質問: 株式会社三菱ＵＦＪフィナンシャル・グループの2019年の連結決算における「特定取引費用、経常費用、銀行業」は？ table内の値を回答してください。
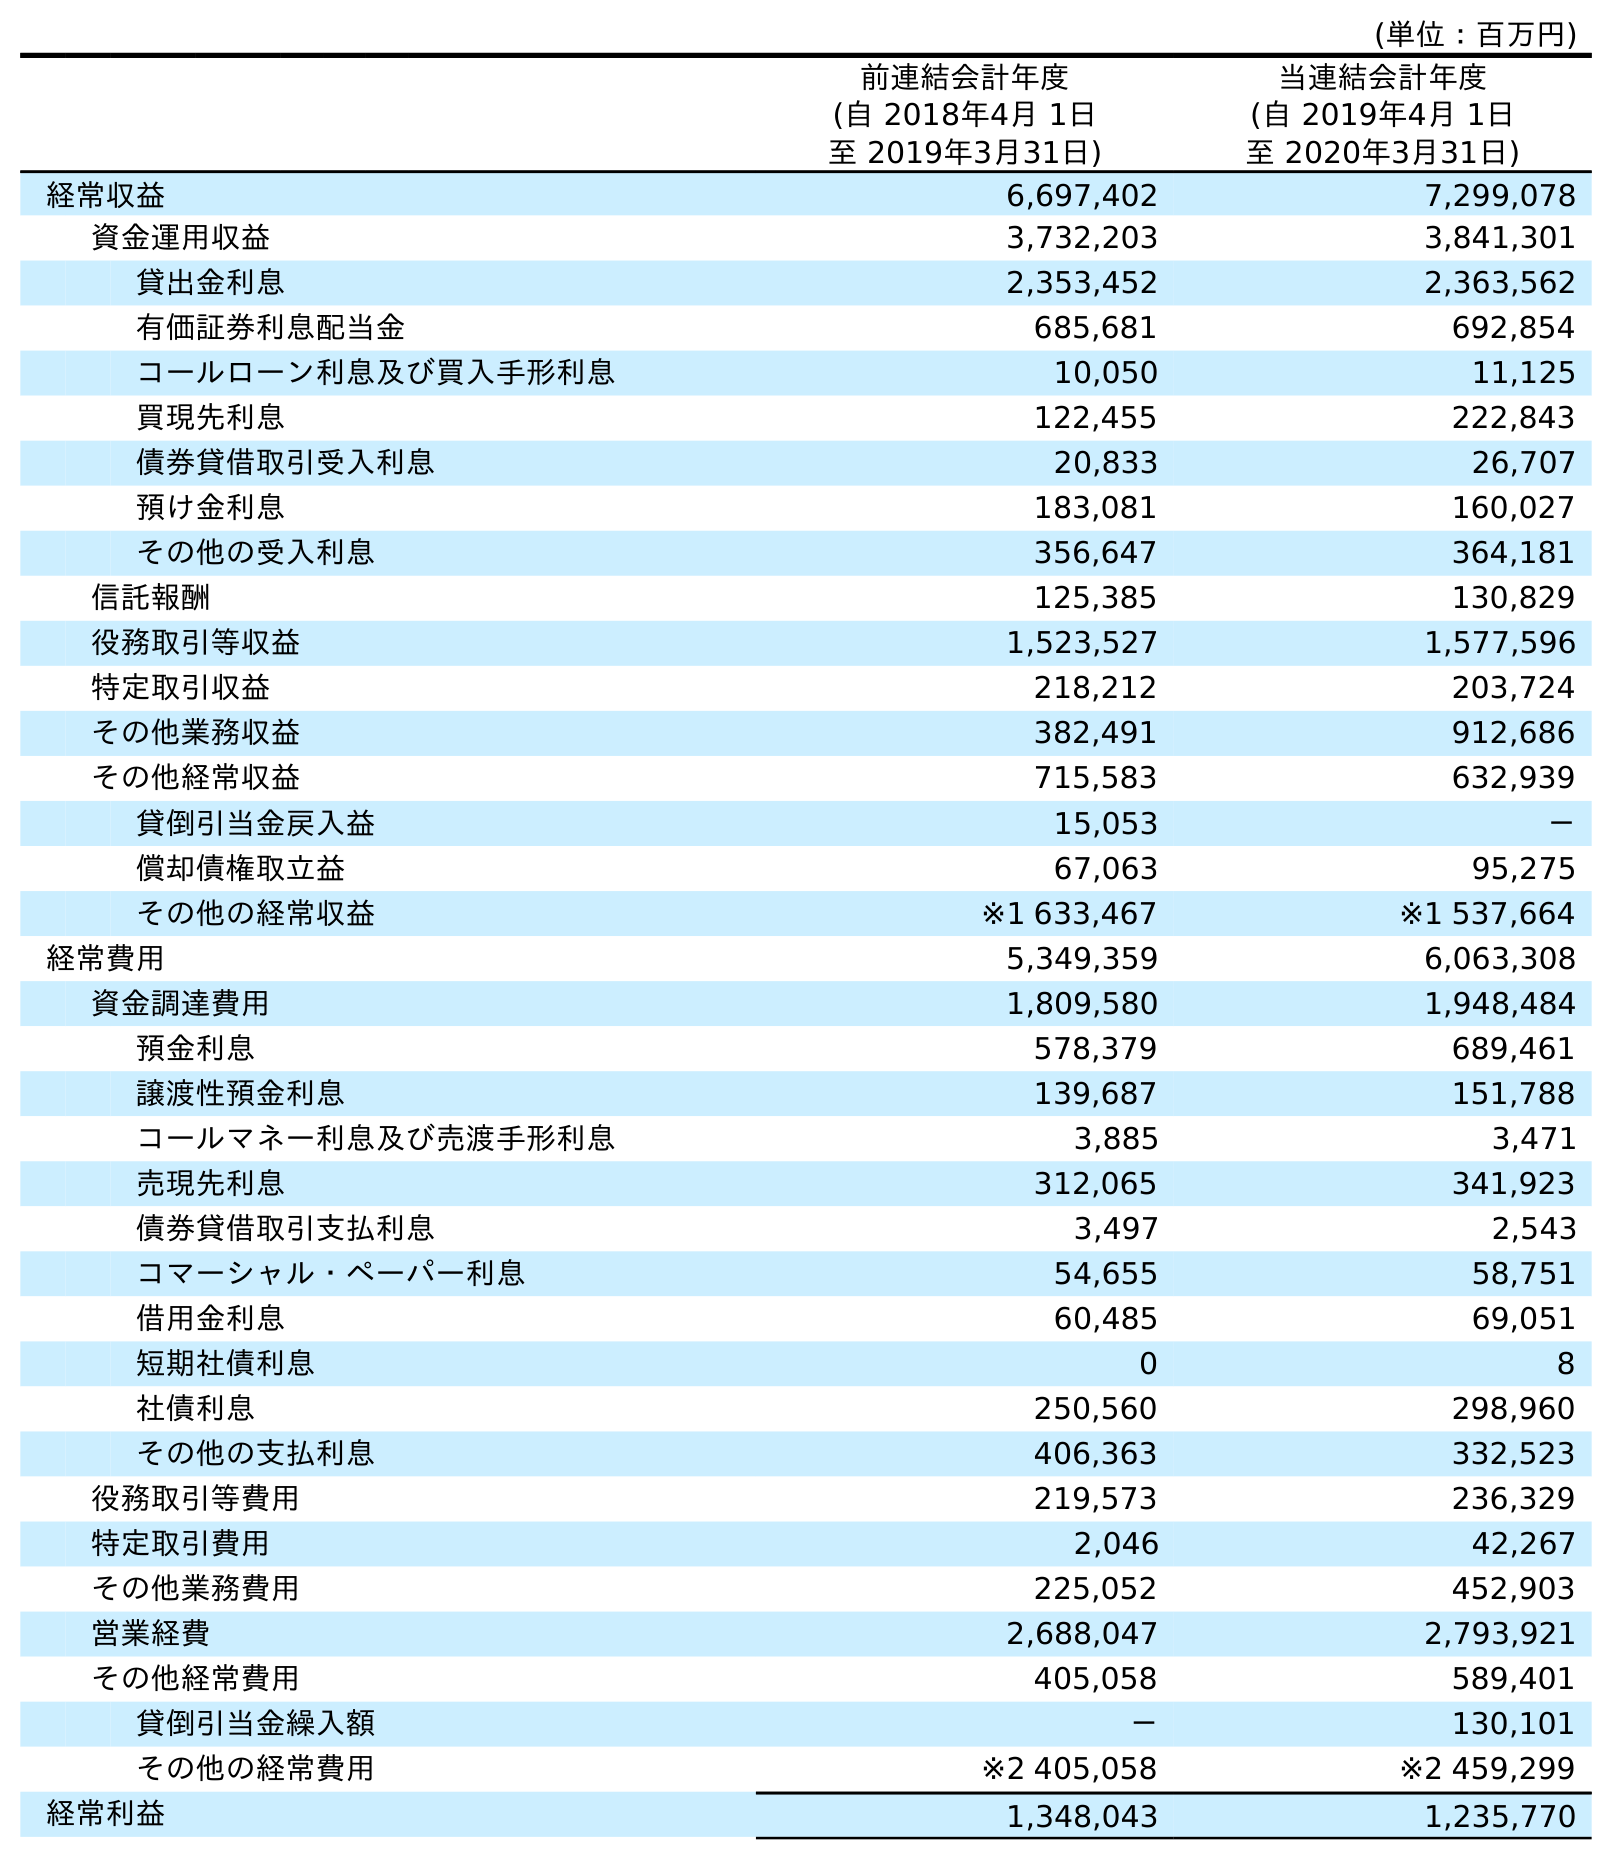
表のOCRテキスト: (単位：百万円) 前連結会計年度 (自 2018年4月 1日 至 2019年3月31日) 当連結会計年度 (自 2019年4月 1日 至 2020年3月31日) 経常収益 6,697,402 7,299,078 資金運用収益 3,732,203 3,841,301 貸出金利息 2,353,452 2,363,562 有価証券利息配当金 685,681 692,854 コールローン利息及び買入手形利息 10,050 11,125 買現先利息 122,455 222,843 債券貸借取引受入利息 20,833 26,707 預け金利息 183,081 160,027 その他の受入利息 356,647 364,181 信託報酬 125,385 130,829 役務取引等収益 1,523,527 1,577,596 特定取引収益 218,212 203,724 その他業務収益 382,491 912,686 その他経常収益 715,583 632,939 貸倒引当金戻入益 15,053 － 償却債権取立益 67,063 95,275 その他の経常収益 ※1 633,467 ※1 537,664 経常費用 5,349,359 6,063,308 資金調達費用 1,809,580 1,948,484 預金利息 578,379 689,461 譲渡性預金利息 139,687 151,788 コールマネー利息及び売渡手形利息 3,885 3,471 売現先利息 312,065 341,923 債券貸借取引支払利息 3,497 2,543 コマーシャル・ペーパー利息 54,655 58,751 借用金利息 60,485 69,051 短期社債利息 0 8 社債利息 250,560 298,960 その他の支払利息 406,363 332,523 役務取引等費用 219,573 236,329 特定取引費用 2,046 42,267 その他業務費用 225,052 452,903 営業経費 2,688,047 2,793,921 その他経常費用 405,058 589,401 貸倒引当金繰入額 － 130,101 その他の経常費用 ※2 405,058 ※2 459,299 経常利益 1,348,043 1,235,770
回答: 2,046